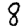
Digit: 8